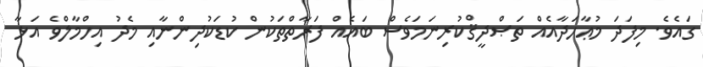
ގައެވެ. މިފަދަ މުޢާހަދާއެއް ތަޞްދީޤްކުރިނަމަވެސް ބައެއް ފަރާތްތަކުން ކުޑަކުދިންނާއި މެދު އިހްމާލްވެ އަޅާ